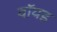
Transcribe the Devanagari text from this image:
वॉयड